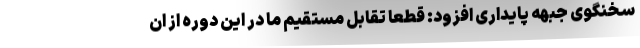
سخنگوی جبهه پایداری افزود: قطعا تقابل مستقیم ما در این دوره از ان